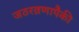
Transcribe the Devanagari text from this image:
जठरव्रणापैकी